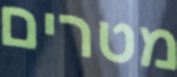
מטרים